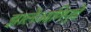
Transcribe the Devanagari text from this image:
झालेआणिपुढे